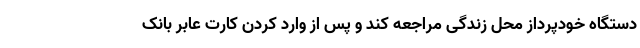
دستگاه خودپرداز محل زندگی مراجعه کند و پس از وارد کردن کارت عابر بانک